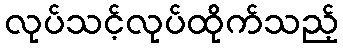
လုပ်သင့်လုပ်ထိုက်သည့်